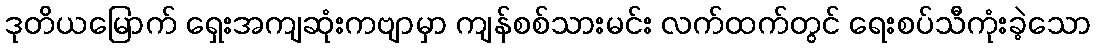
ဒုတိယမြောက် ရှေးအကျဆုံးကဗျာမှာ ကျန်စစ်သားမင်း လက်ထက်တွင် ရေးစပ်သီကုံးခဲ့သော